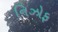
નિઝોફ